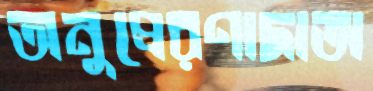
অনুপ্রেরণাদাতা